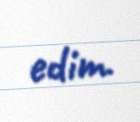
edim.